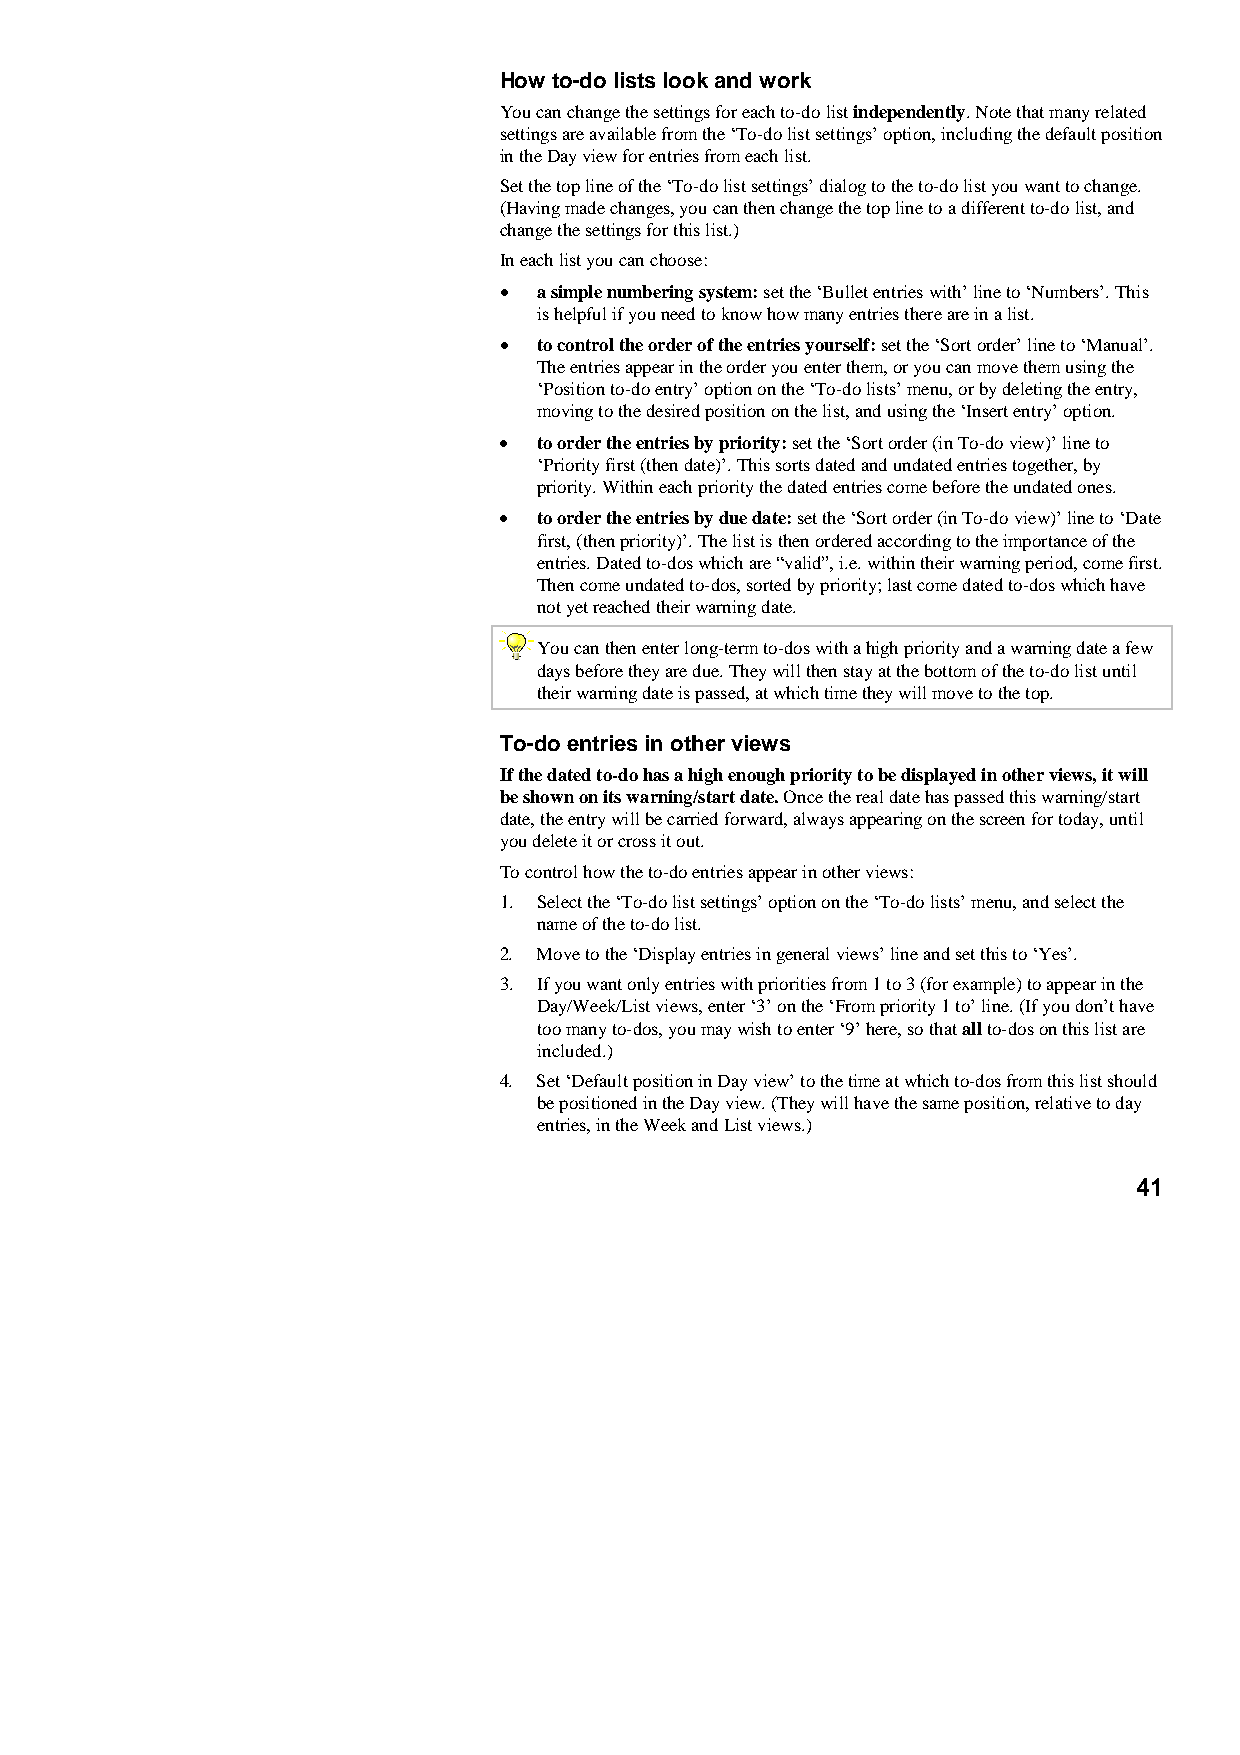
How to-do lists look and work
 You can change the settings for each to-do list independently. Note that many related
 settings are available from the ‘To-do list settings’ option, including the default position
 in the Day view for entries from each list.
 Set the top line of the ‘To-do list settings’ dialog to the to-do list you want to change.
 (Having made changes, you can then change the top line to a different to-do list, and
 change the settings for this list.)
 In each list you can choose:
 •  a simple numbering system: set the ‘Bullet entries with’ line to ‘Numbers’. This
 is helpful if you need to know how many entries there are in a list.
 •  to control the order of the entries yourself: set the ‘Sort order’ line to ‘Manual’.
 The entries appear in the order you enter them, or you can move them using the
 ‘Position to-do entry’ option on the ‘To-do lists’ menu, or by deleting the entry,
 moving to the desired position on the list, and using the ‘Insert entry’ option.
 •  to order the entries by priority: set the ‘Sort order (in To-do view)’ line to
 ‘Priority first (then date)’. This sorts dated and undated entries together, by
 priority. Within each priority the dated entries come before the undated ones.
 •  to order the entries by due date: set the ‘Sort order (in To-do view)’ line to ‘Date
 first, (then priority)’. The list is then ordered according to the importance of the
 entries. Dated to-dos which are “valid”, i.e. within their warning period, come first.
 Then come undated to-dos, sorted by priority; last come dated to-dos which have
 not yet reached their warning date.
 You can then enter long-term to-dos with a high priority and a warning date a few
 days before they are due. They will then stay at the bottom of the to-do list until
 their warning date is passed, at which time they will move to the top.
 To-do entries in other views
 If the dated to-do has a high enough priority to be displayed in other views, it will
 be shown on its warning/start date. Once the real date has passed this warning/start
 date, the entry will be carried forward, always appearing on the screen for today, until
 you delete it or cross it out.
 To control how the to-do entries appear in other views:
 1. Select the ‘To-do list settings’ option on the ‘To-do lists’ menu, and select the
 name of the to-do list.
 2. Move to the ‘Display entries in general views’ line and set this to ‘Yes’.
 3. If you want only entries with priorities from 1 to 3 (for example) to appear in the
 Day/Week/List views, enter ‘3’ on the ‘From priority 1 to’ line. (If you don’t have
 too many to-dos, you may wish to enter ‘9’ here, so that all to-dos on this list are
 included.)
 4. Set ‘Default position in Day view’ to the time at which to-dos from this list should
 be positioned in the Day view. (They will have the same position, relative to day
 entries, in the Week and List views.)
 41